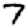
Digit: 7